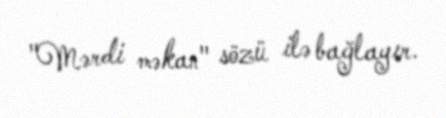
"Mərdi məkan" sözü ilə bağlayır.